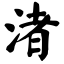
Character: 渚